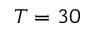
T = 3 0